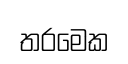
තරමෙක